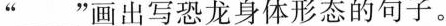
”___”画出写恐龙身体形态的句子。